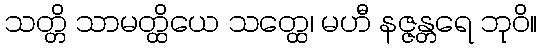
သတ္တိ သာမတ္ထိယေ သတ္ထေ၊ မဟီ နဇ္ဇန္တရေ ဘုဝိ။